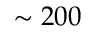
\sim 2 0 0